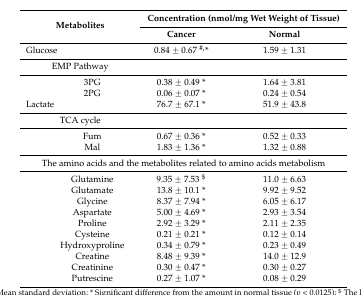
<table><thead><tr><td rowspan="2" colspan="2"><b>Metabolites</b></td><td colspan="2"><b>Concentration (nmol/mg Wet Weight of Tissue)</b></td></tr><tr><td><b>Cancer</b></td><td><b>Normal</b></td></tr></thead><tbody><tr><td>Glucose</td><td></td><td>0.84 ± 0.67 <sup>#,</sup>*</td><td>1.59 ± 1.31</td></tr><tr><td colspan="2">EMP Pathway</td><td></td><td></td></tr><tr><td></td><td>3PG</td><td>0.38 ± 0.49 *</td><td>1.64 ± 3.81</td></tr><tr><td></td><td>2PG</td><td>0.06 ± 0.07 *</td><td>0.24 ± 0.54</td></tr><tr><td>Lactate</td><td></td><td>76.7 ± 67.1 *</td><td>51.9 ± 43.8</td></tr><tr><td colspan="2">TCA cycle</td><td></td><td></td></tr><tr><td></td><td>Fum</td><td>0.67 ± 0.36 *</td><td>0.52 ± 0.33</td></tr><tr><td></td><td>Mal</td><td>1.83 ± 1.36 *</td><td>1.32 ± 0.88</td></tr><tr><td colspan="4">The amino acids and the metabolites related to amino acids metabolism</td></tr><tr><td></td><td>Glutamine</td><td>9.35 ± 7.53 <sup>$</sup></td><td>11.0 ± 6.63</td></tr><tr><td></td><td>Glutamate</td><td>13.8 ± 10.1 *</td><td>9.92 ± 9.52</td></tr><tr><td></td><td>Glycine</td><td>8.37 ± 7.94 *</td><td>6.05 ± 6.17</td></tr><tr><td></td><td>Aspartate</td><td>5.00 ± 4.69 *</td><td>2.93 ± 3.54</td></tr><tr><td></td><td>Proline</td><td>2.92 ± 3.29 *</td><td>2.11 ± 2.35</td></tr><tr><td></td><td>Cysteine</td><td>0.21 ± 0.21 *</td><td>0.12 ± 0.14</td></tr><tr><td></td><td>Hydroxyproline</td><td>0.34 ± 0.79 *</td><td>0.23 ± 0.49</td></tr><tr><td></td><td>Creatine</td><td>8.48 ± 9.39 *</td><td>14.0 ± 12.9</td></tr><tr><td></td><td>Creatinine</td><td>0.30 ± 0.47 *</td><td>0.30 ± 0.27</td></tr><tr><td></td><td>Putrescine</td><td>0.27 ± 1.07 *</td><td>0.08 ± 0.29</td></tr></tbody></table>